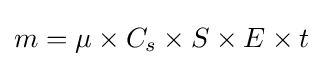
m=\mu \times C_{s}\times S\times E\times t